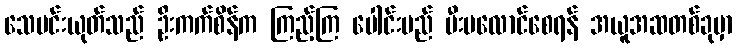
သေမင်းယုတ်သည် ဦးကက်စိန်က ကြည့်ကြ ပေါင်းမည် မီးမလောင်စေရန် အယူအဆတစ်ခုမှာ